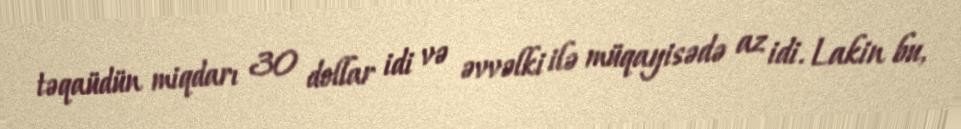
təqaüdün miqdarı 30 dollar idi və əvvəlki ilə müqayisədə az idi. Lakin bu,